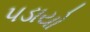
પડાયો